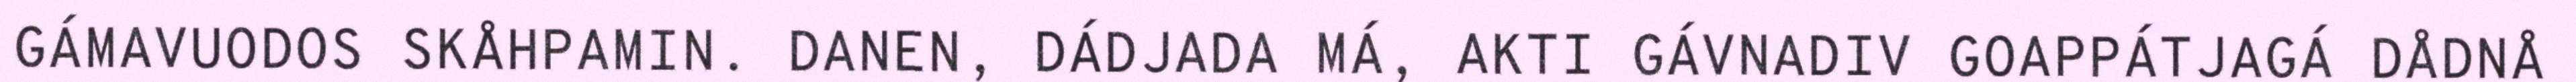
GÁMAVUODOS SKÅHPAMIN. DANEN, DÁDJADA MÁ, AKTI GÁVNADIV GOAPPÁTJAGÁ DÅDNÅ